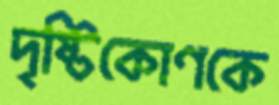
দৃষ্টিকোণকে